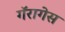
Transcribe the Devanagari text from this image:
गॅरागेस